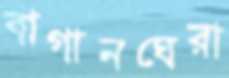
বাগানঘেরা